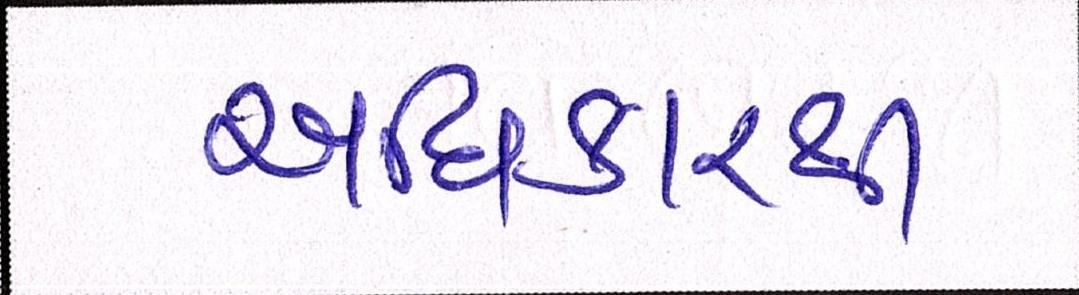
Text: અધિકારથી